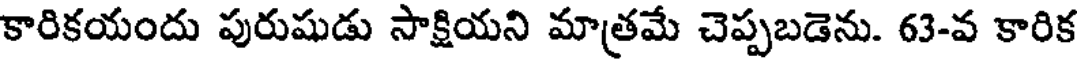
కారికయందు పురుషుడు సాక్షియని మాత్రమే చెప్పబడెను. 63-వ కారిక